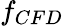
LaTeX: f_{CFD}